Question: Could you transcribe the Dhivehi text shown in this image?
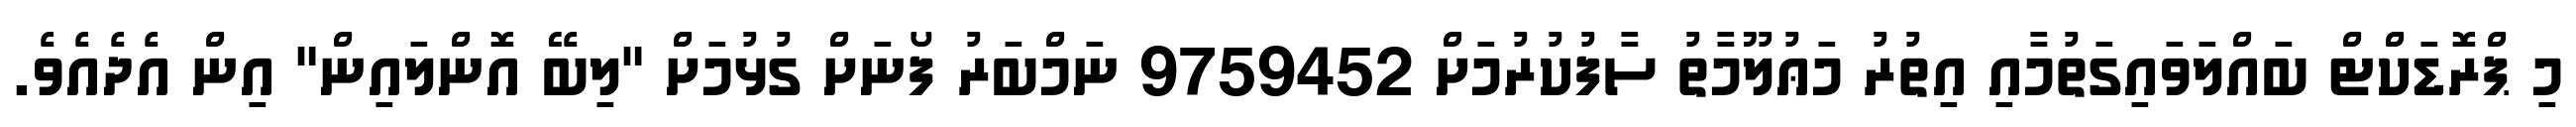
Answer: މި ޕްރޮޑަކްޓް ބައްލަވައިގަތުމާއި އިތުރު މަޢުލޫމާތު ސާފުކުރުމަށް 9759452 ނަމްބަރު ފޯނަށް ގުޅުމަށް "ލިބޭ އޮންލައިން" އިން އެދެއެވެ.